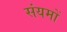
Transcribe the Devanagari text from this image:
संयमों